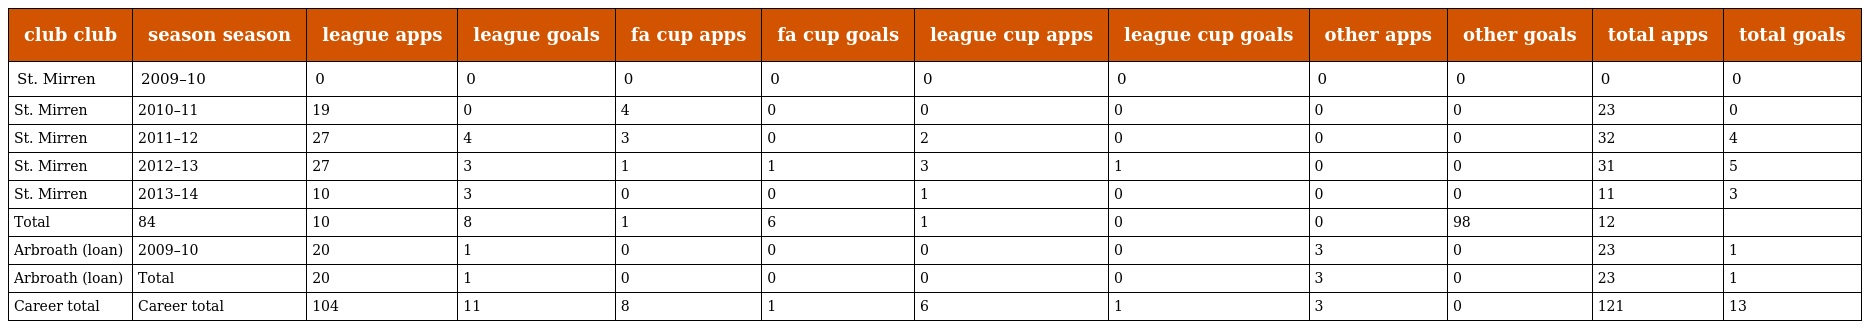
| club club | season season | league apps | league goals | fa cup apps | fa cup goals | league cup apps | league cup goals | other apps | other goals | total apps | total goals |
 | --- | --- | --- | --- | --- | --- | --- | --- | --- | --- | --- | --- |
 | St. Mirren | 2009–10 | 0 | 0 | 0 | 0 | 0 | 0 | 0 | 0 | 0 | 0 |
 | St. Mirren | 2010–11 | 19 | 0 | 4 | 0 | 0 | 0 | 0 | 0 | 23 | 0 |
 | St. Mirren | 2011–12 | 27 | 4 | 3 | 0 | 2 | 0 | 0 | 0 | 32 | 4 |
 | St. Mirren | 2012–13 | 27 | 3 | 1 | 1 | 3 | 1 | 0 | 0 | 31 | 5 |
 | St. Mirren | 2013–14 | 10 | 3 | 0 | 0 | 1 | 0 | 0 | 0 | 11 | 3 |
 | Total | 84 | 10 | 8 | 1 | 6 | 1 | 0 | 0 | 98 | 12 |  |
 | Arbroath (loan) | 2009–10 | 20 | 1 | 0 | 0 | 0 | 0 | 3 | 0 | 23 | 1 |
 | Arbroath (loan) | Total | 20 | 1 | 0 | 0 | 0 | 0 | 3 | 0 | 23 | 1 |
 | Career total | Career total | 104 | 11 | 8 | 1 | 6 | 1 | 3 | 0 | 121 | 13 |